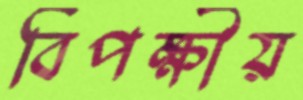
বিপক্ষীয়